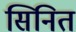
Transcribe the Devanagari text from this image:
सिनित